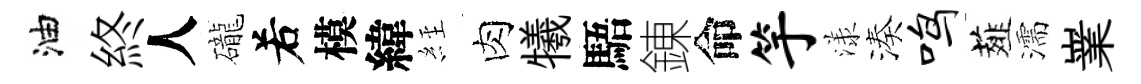
油終人礲𠰥模緯𦀇肉犧䮏錬命竽漾湊鸣薤濡嶪